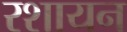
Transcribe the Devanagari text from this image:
रशायन